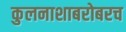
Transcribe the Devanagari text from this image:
कुलनाशाबरोबरच